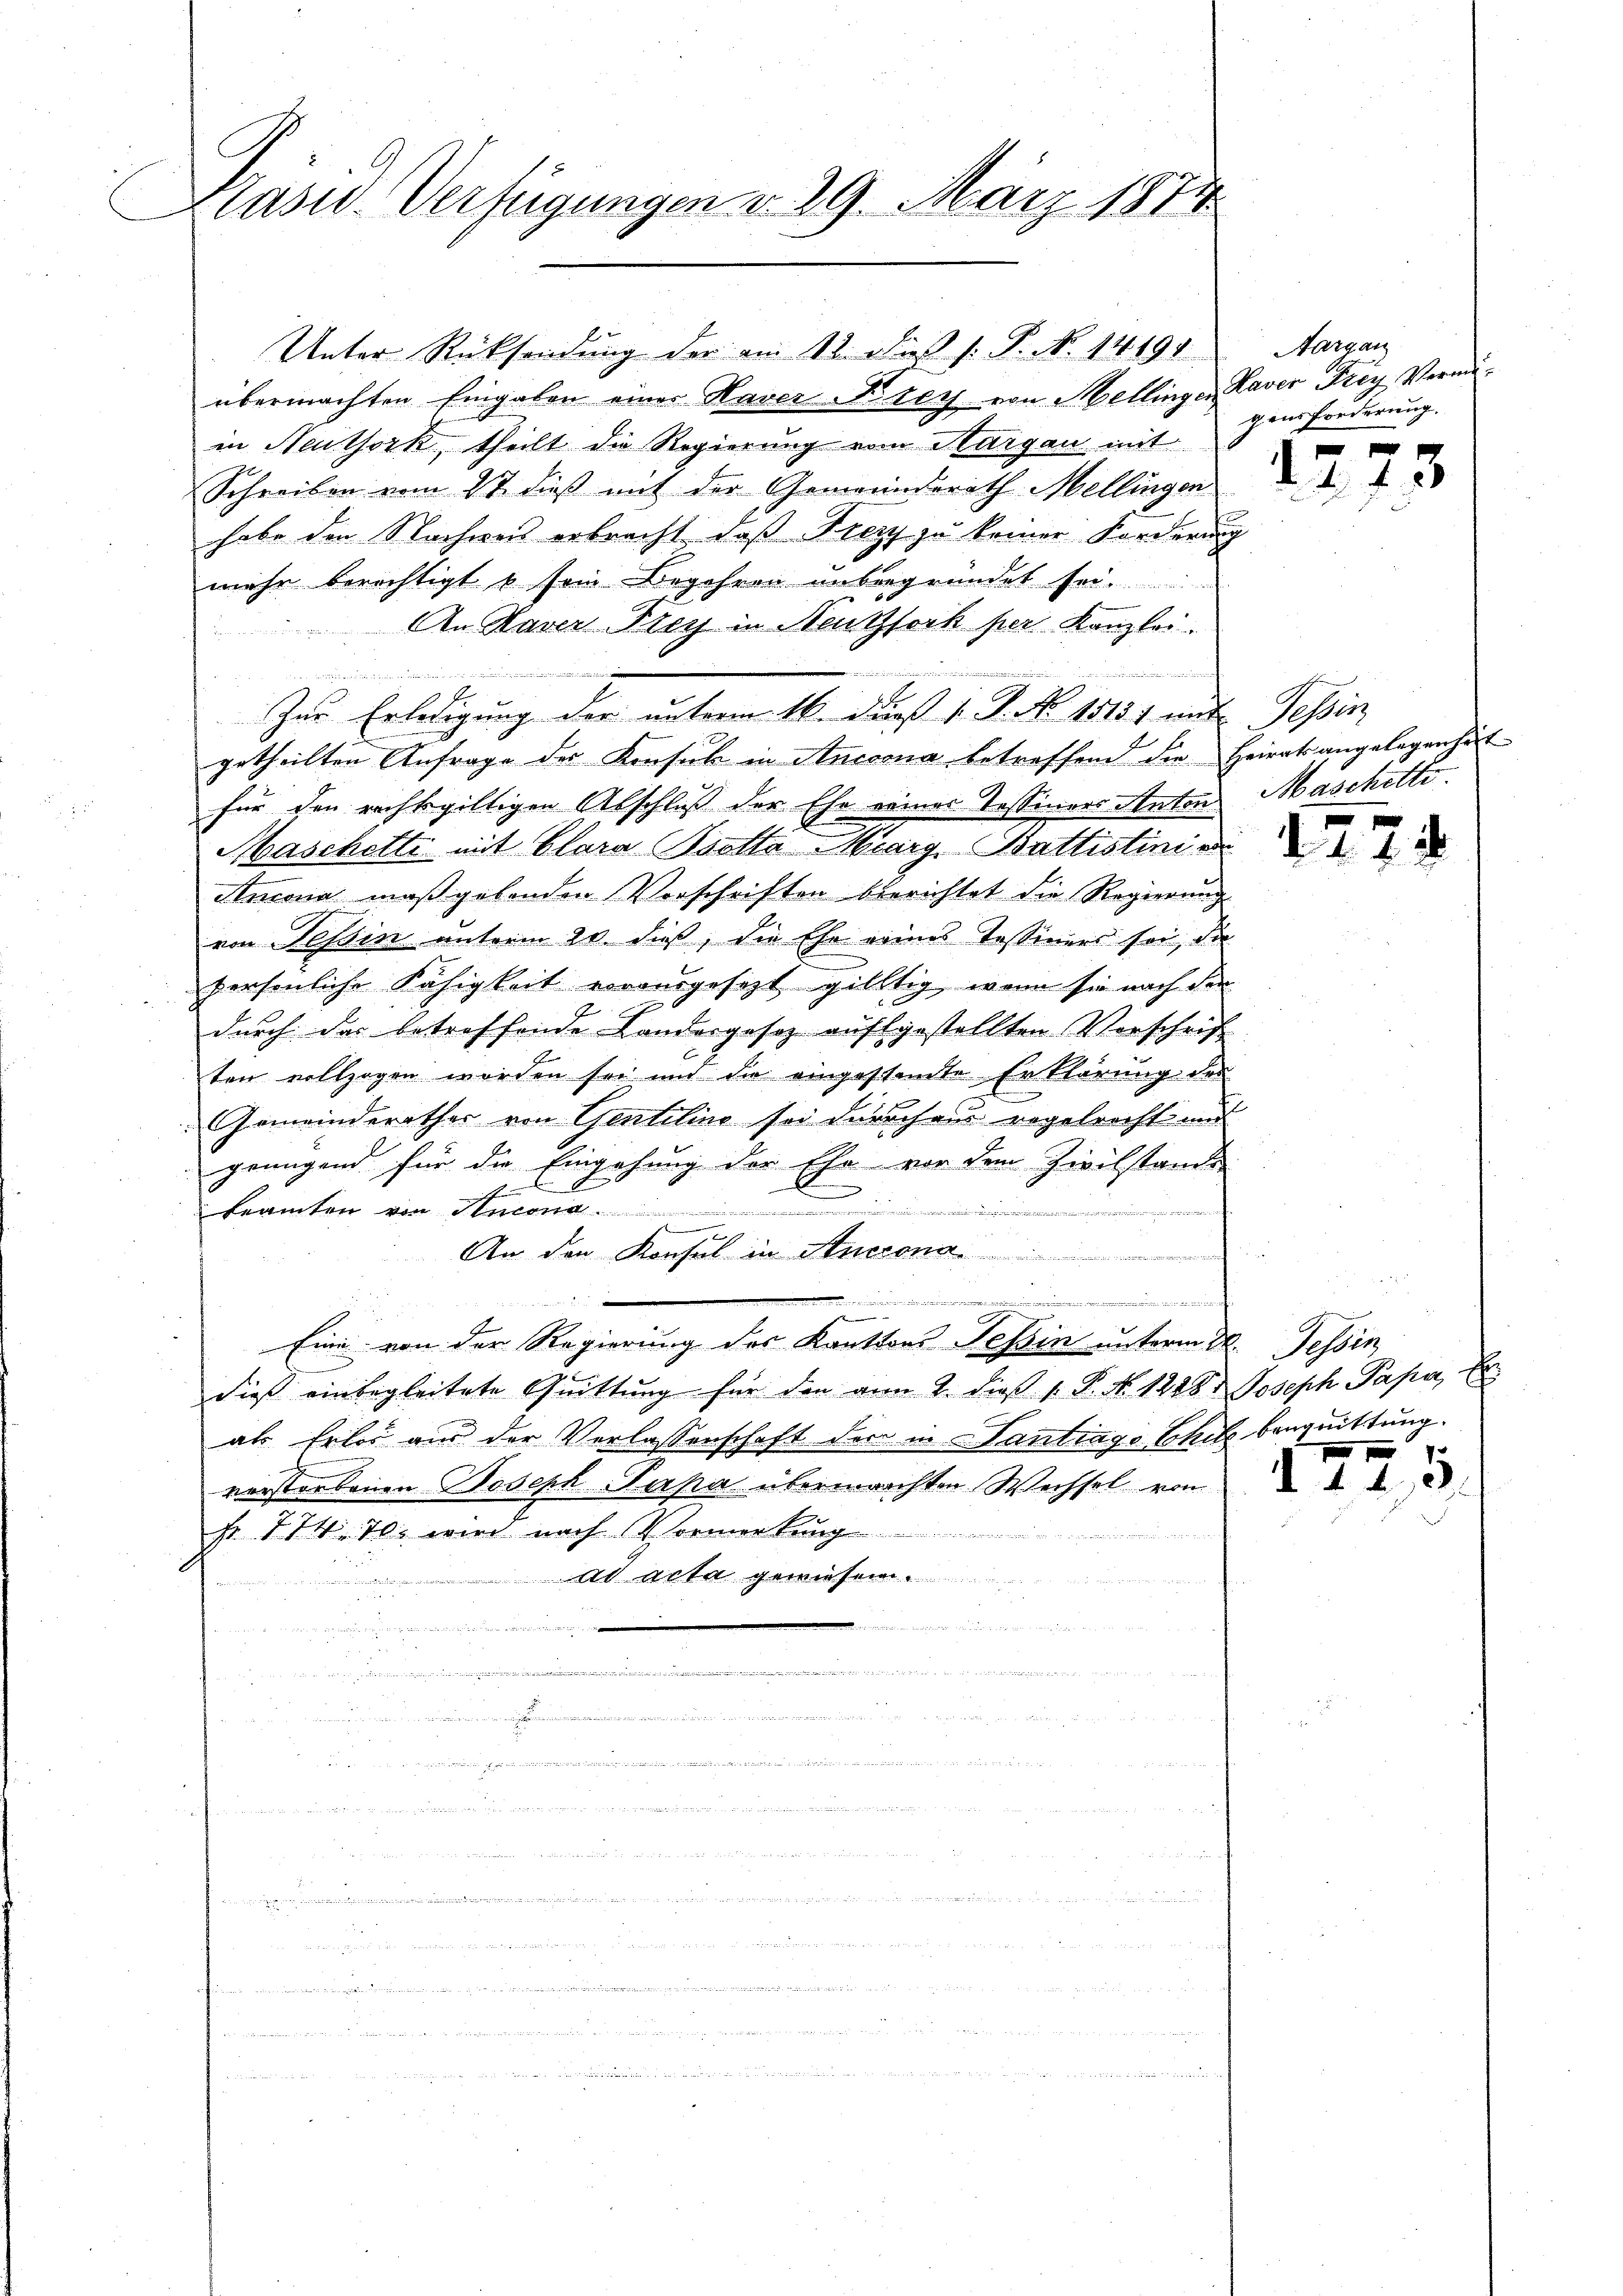
Kasw-Verfügungen v. 29. März 1874

Unter Rücksendung der am 12. dieß (: P. N. 14191
übermachten Eingaben eines Haver Krey von Mellinger Kaver Frey Vermöin Neuthork, theilt die Regierung vom Thurgau mit
Schreiben vom 2t dieß mit der Gemeindsrath Mellingen
habe den Nachweis erbracht, daß Pezy zu keiner Forderung
mehr berechtigt & sein Begehren unbegründet sei.
An Kaver Frey in Neutzsork per Kanzlei.
t
d
E
Zur Erledigung der unterm 16. daß 1. P. No 15131 und Tessin
getheilten Anfrage des Konsul in Ancoma betreffend die Heirat angelegenheit
für den rechtsgültigen Abschluß der Ehe seines Tessiners Anton Maschetti.
Maschetti mit Clara Ssotta Marg. Battistini von
Anzona maßgebenden Vorschriften berichtet die Regierung
von Tessin unterm 20. dieß, die Ehe eines Tessiners sei, die
persönliche Fähigkeit vorausgesezt giltig, wenn sie nach den
durch das betreffende Landesgesetz aufgestellten Vorschrift
ten vollzogen worden sei und die eingestamte Erklärung der
Gemeinderathes von Genteline sei durchen regelrecht und
genügend für die Eingehung der Ehe vor dem Zivilstande

keamten von Knona
4
An den Konsul in Aneron
........................
de der einer er

Eine von der Regierung des Kanttons Tessin unterm 22. Tessin
dieß einbegleitete Quittung für den am 2. dieβ v. P. N. 1288 Joseph Papa,
als Erlös aus der Verlassenschaft der in Santrags Ekel benquittung.
verstorbenen Joseph Papa übermachten Wechsel von
Fr. 774. 70. wird nach Vormerkung
l acta gewiesen
.

 an dem
e

zuende ich in den u der in der vom 1. um andern niemann nimme um mit eine

der

Aargau
gensforderung.
 f 0 x

24 f 3

127.

d. 143.